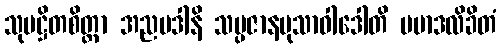
သုပဋ္ဌိတစိတ္တာ အညပဒါနိ သမ္ပဇာနမုသာဝါဒေါတိ ပမာဒလိခိတံ